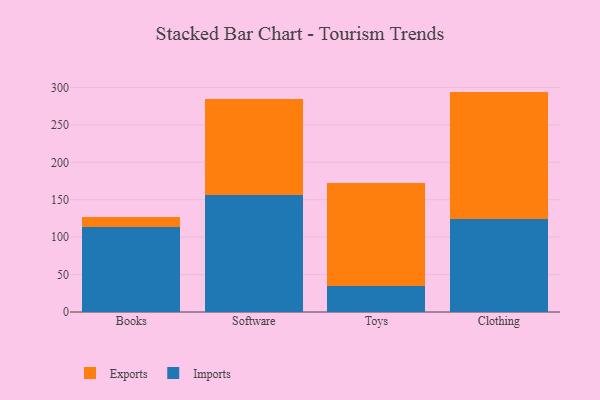
{"axis": {"x": "Category", "y": "Churn Rate (%)"}, "legend": ["Exports", "Imports"], "data": [{"x": "Books", "y": 113.6, "type": "Imports"}, {"x": "Books", "y": 13.6, "type": "Exports"}, {"x": "Software", "y": 156.3, "type": "Imports"}, {"x": "Software", "y": 128.9, "type": "Exports"}, {"x": "Toys", "y": 34.7, "type": "Imports"}, {"x": "Toys", "y": 137.9, "type": "Exports"}, {"x": "Clothing", "y": 124.0, "type": "Imports"}, {"x": "Clothing", "y": 170.5, "type": "Exports"}]}